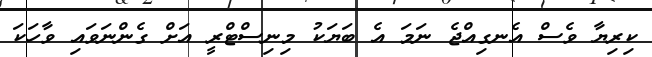
ކިރިޔާ ވެސް އެނގިއްޖެ ނަމަ އެ ބަޔަކު މިނިސްޓްރީ އަށް ގެންނަވައި ވާހަކަ